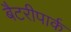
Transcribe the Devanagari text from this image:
बैटरीपार्क